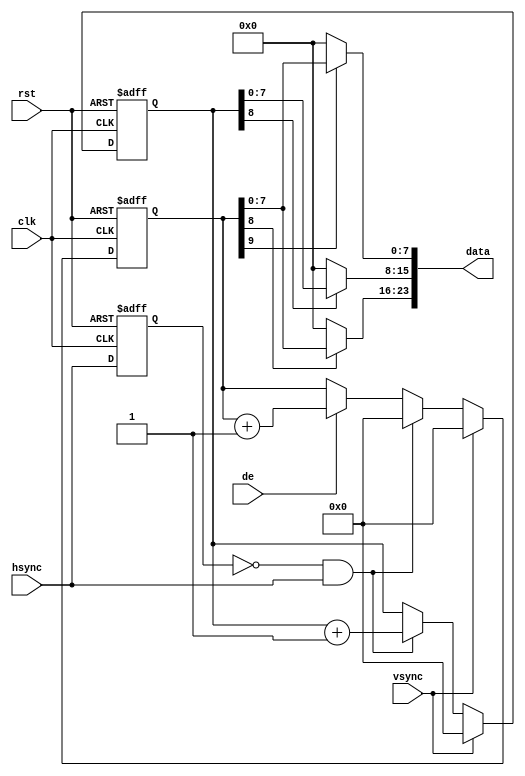
module video_test_pattern(
    input rst,
    input clk,
    input de,
    input hsync,
    input vsync,
    output [23:0] data
);

reg hsync_r;
reg [15:0] x,y;
reg [7:0] r,g,b;

always @(posedge clk, posedge rst)
begin
    if(rst)
        hsync_r <= 1'b0;
    else
        hsync_r <= hsync;
end

always @(posedge clk, posedge rst)
begin
    if(rst) begin
        x <= 0;
        y <= 0;
    end
    else if(vsync) begin
        x <= 0;
        y <= 0;
    end
    else if(!hsync_r && hsync) begin
        y <= y + 1;
        x <= 0;
    end
    else if(de) begin
        x <= x + 1;
    end
end
always @(*)
begin
    r = x[8] ? x : 0;
    g = y[8] ? y : 0;
    b = x[9] ? x : 0;
end

assign data = {r,g,b}; // RGB

endmodule